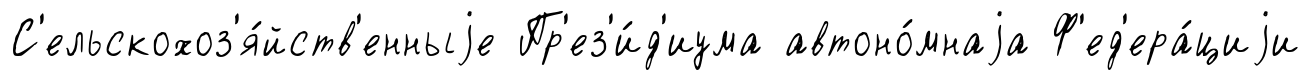
С'ельскохоз'я́йств'енныjе Пр'ез'и́д'иума автоно́мнаjа Ф'ед'ера́циjи